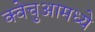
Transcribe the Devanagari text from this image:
क्वेचुआमध्ये